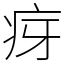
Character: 疨